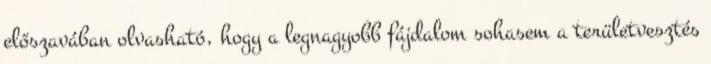
előszavában olvasható, hogy a legnagyobb fájdalom sohasem a területvesztés